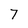
Character: 7